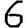
Digit: 6